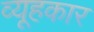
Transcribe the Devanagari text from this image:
व्यूहकार